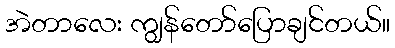
အဲတာလေး ကျွန်တော်ပြောချင်တယ်။